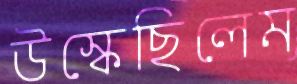
উস্‌কেছিলেম